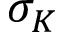
\sigma _ { K }